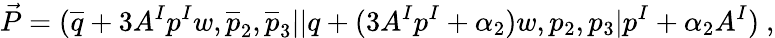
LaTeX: {\vec{P}}=({\overline{{q}}}+3A^{I}p^{I}w,{\overline{{p}}}_{2},{\overline{{p}}}_{3}\vert\vert q+(3A^{I}p^{I}+\alpha_{2})w,p_{2},p_{3}\vert p^{I}+\alpha_{2}A^{I})~,